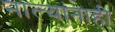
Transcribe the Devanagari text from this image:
नाल्यांनाही